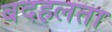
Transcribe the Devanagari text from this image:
बदहलता